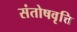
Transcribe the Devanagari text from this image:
संतोषवृत्ति